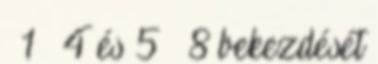
§ 1 – 4 és 5 – 8 bekezdését